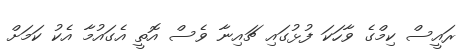
ރައީސް ކިމްގެ ވާހަކަ ފުޅުގައި ޗައިނާ ވެސް އޮތީ އެގައުމާ އެކު ކަމަށް